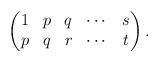
LaTeX: \begin{align*}\begin{pmatrix}1&p&q&\cdots&s\\p&q&r&\cdots&t\end{pmatrix}.\end{align*}